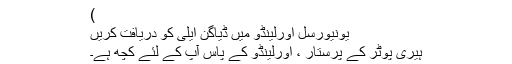
)
یونیورسل اورلینڈو میں ڈیاگن ایلی کو دریافت کریں
ہیری پوٹر کے پرستار ، اورلینڈو کے پاس آپ کے لئے کچھ ہے۔